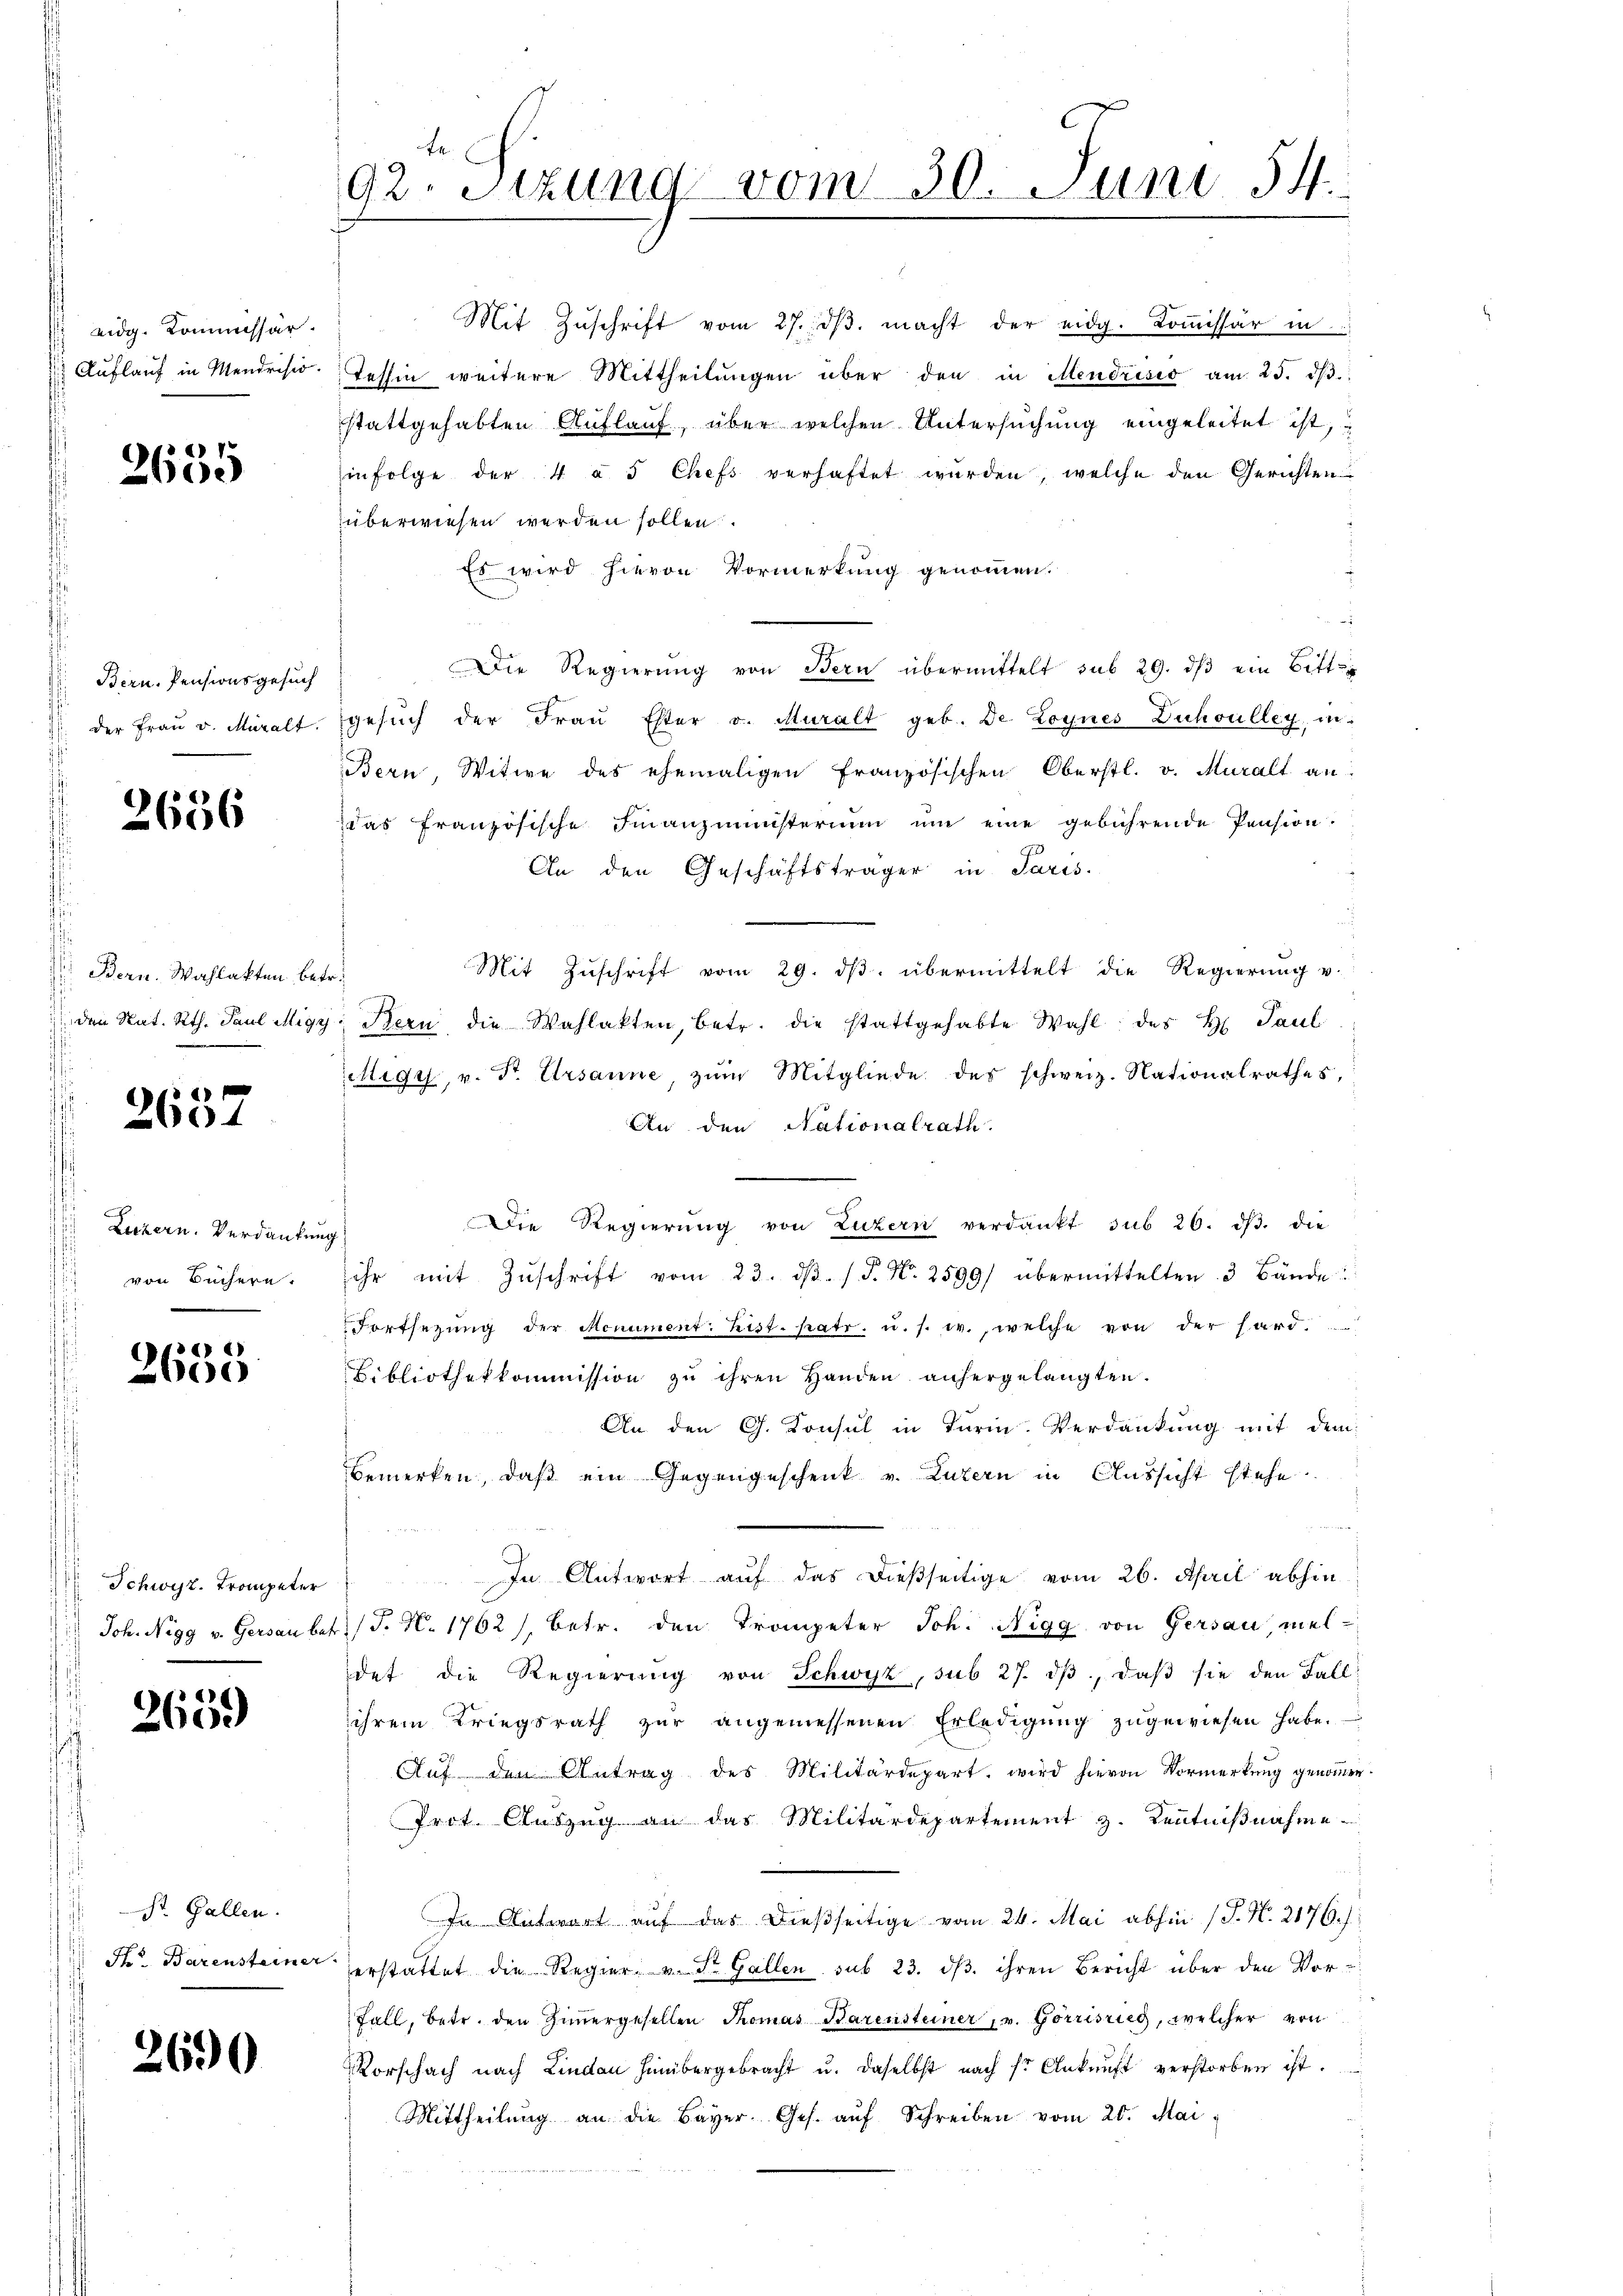
eidg. Kommissär

2635

Bern. Pensionsgesuch

2656

Bern. Wahlakten betr.
 den Nat. Rth. Paul Mig.

2657

Luzern. Verdankung
von Büchern.
—

e
)

Schwyz. Trompeter

2659

St. Gallen.
Fr. Barensteiner

2690

92. Sitzung vom 30. Juni 54.

Mit Zŭschrift vom 27. dβ. macht der eidg. Koṁissär in
 Aŭflaŭf in Mendrisid. Tessin weitere Mittheilŭngen über den in Mendrisis am 25. dβ.
stattgehabten Auflauf, über welchen Untersuchung eingeleitet ist, u
infolge der 4 u. 5 Chefs verhaftet würden, welche den Gerichten
überwiesen werden sollen.
Es wird hievon Vormerkung genommen.
Die Regierung von Bern übermittelt sub 29. dβ ein Bitt¬
 der Fraŭ v. Miralt. Gesŭch der Fraŭ Ester v. Muralt geb. De Lognes Duchoulley, in
Bern, Witwe des ehemaligen französischen Oberstl. v. Muralt an:
das französische Finanzministerium ŭm eine gebührende Pension:
An den Geschäftsträger in Paris.
Mit Zŭschrift vom 29. dβ übermittelt die Regierŭng u.
z. Stern die Wahlakten, betr. die stattgehabte Wahl des H. Paul
ettigt, u. Dr. Ursanne, zŭm Mitgliede der schweiz. Nationalrathes,
An den Nationalrath.
Die Regierŭng von Luzern verdankt sub 26. dβ. die
ihr mit Zŭschrift vom 23. dβ. / J. N. 2599) übermittelten 3 Bände:
Fortsetzŭng der Monument: hist. patr. u. s. w., welche von der hard.
Bibliothekkommission zu ihren Handen anhergelangten.
An den G. Konsul in Turin. Verdankung mit dem
bemerken, daß ein Gegengeschenk v. Luzern in Aussicht stehe
In Antwort auf das dießseitige vom 26. April abhin
Joh. Nigg v. Gersau betr. (T. N. 1702 /, betr. den Trompeter Joh. Nigg von Gersau, meldet die Regierŭng von Schwyz, sub 27. dβ, daβ sie den Fall
ihrem Kriegsrath zŭr angemessenen Erledigŭng zugewiesen habe.
Auf den Antrag des Militärdepart, wird hievon Vormerkung genommen.
Prot. Auszug an das Militärdepartement z. Kenntniβnahme
In Antwort auf das dießseitige vom 24. Mai abhin (T. N. 2176):
erstattet die Regier u. St. Gallen sub 23. dβ. ihren Bericht über den Vor¬
Fall, betr. den Zimmergesellen Thomas Barensteiner v. Gorrisrieg, welcher von
Vorschach nach Lindau hinübergebracht u. daselbst nach fr. Ankunft verstorben ist.
Mittheilŭng an die Bayer. Ges. aŭf Schreiben vom 20. Mai,